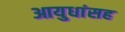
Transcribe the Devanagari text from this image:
आयुधांसह